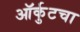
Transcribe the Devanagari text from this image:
ऑर्कुटचा